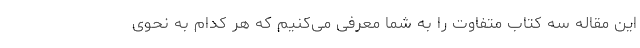
این مقاله سه کتاب متفاوت را به شما معرفی می‌کنیم که هر کدام به نحوی